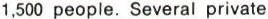
1,500 people. Several private